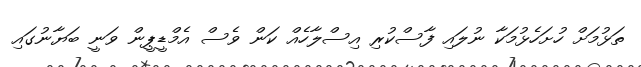
ތަޅުމަށް ހުށަހެޅުމަކާ ނުލައި ފާސްކުރި އިސްލާހެއް ކަން ވެސް އެމްޑީޕީން ވަނީ ބަޔާނުގައި